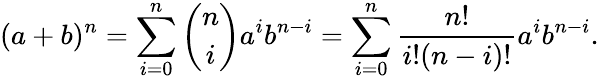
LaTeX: (a+b)^{n}=\sum_{i=0}^{n}{\binom{n}{i}}a^{i}b^{n-i}=\sum_{i=0}^{n}{\frac{n!}{i!(n-i)!}}a^{i}b^{n-i}.